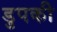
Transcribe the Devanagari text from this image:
डुपकी